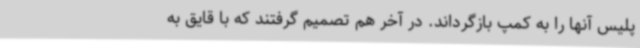
پلیس آنها را به کمپ بازگرداند. در آخر هم تصمیم گرفتند که با قایق به